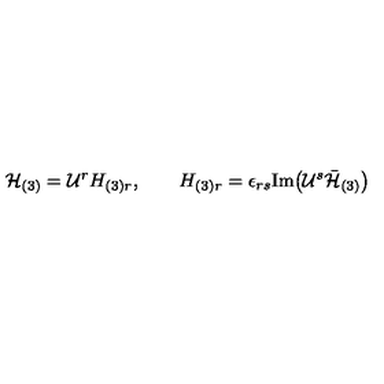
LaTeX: { \cal H } _ { ( 3 ) } = { \cal U } ^ { r } H _ { ( 3 ) r } , \qquad H _ { ( 3 ) r } = \epsilon _ { r s } \mathrm { I m } \big ( { \cal U } ^ { s } \bar { { \cal H } } _ { ( 3 ) } \big )